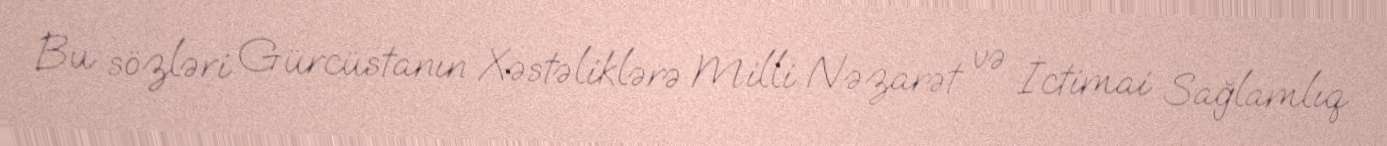
Bu sözləri Gürcüstanın Xəstəliklərə Milli Nəzarət və İctimai Sağlamlıq